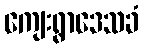
ကျေးရွာဒေသခံ